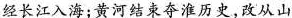
经长江入海；黄河结束夺淮历史，改从山